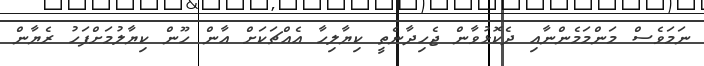
ނަމަވެސް މަންމަމެންނާއި ދެކޮޅުވާން ޖެހިދާނެތީ ކިޔާލިހާ އެއްޗަކަށް އާން ހޫން ކިޔާލުމަށްފަހު ރެޔާން